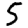
Digit: 5